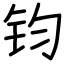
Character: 钧